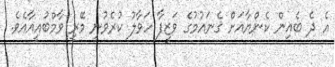
އެ ދެ ބެއިން ކެންޔާއަށް ގެނައުމުގެ ވަޒީފާ ހަވާލު ކުރެވުނީ މޭރީ ވާމްބުއީއާއެވެ.